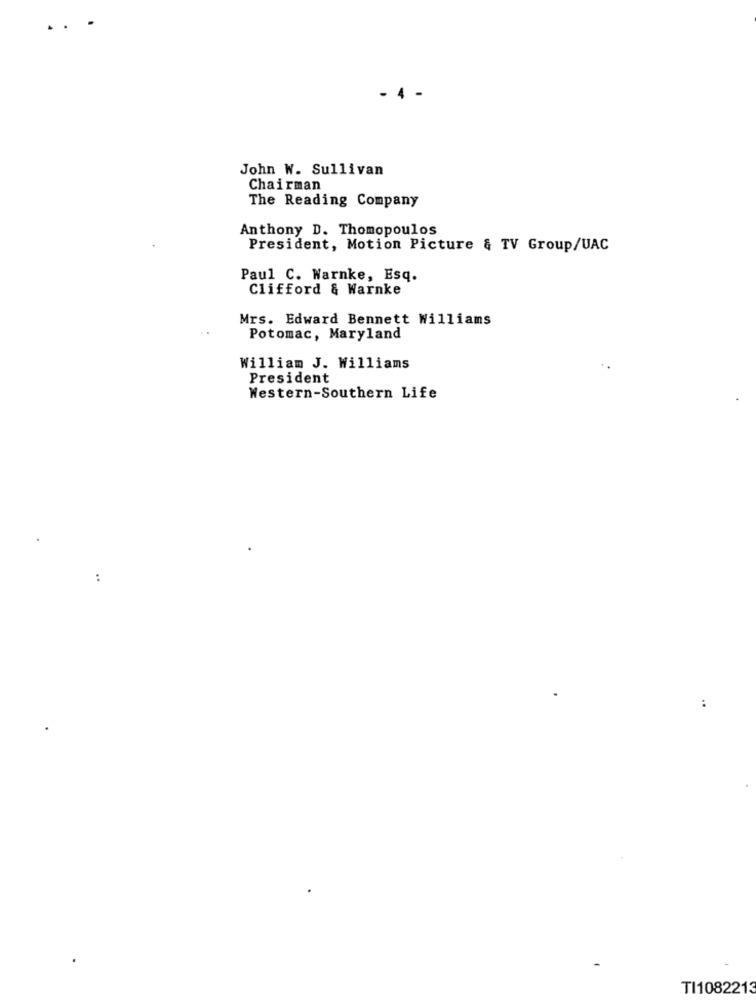
..
4
John W. Sullivan
Chairman
The Reading Company
Anthony D. Thomopoulos
President, Motion Picture & TV Group/UAC
Paul C. Warnke, Esq.
Clifford & Warnke
Mrs. Edward Bennett Williams
Potomac, Maryland
William J. Williams
President
Western-Southern Life
:
TI1082213